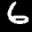
Label: 6